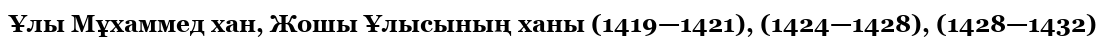
Ұлы Мұхаммед хан, Жошы Ұлысының ханы (1419—1421), (1424—1428), (1428—1432)